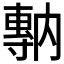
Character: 𡭇